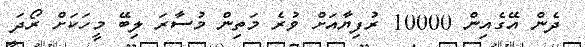
ދެން އޭގެއިން 10000 ރުފިޔާއަށް ވުރެ މަތިން މުސާރަ ލިބޭ މީހަކަށް ރޯދަ